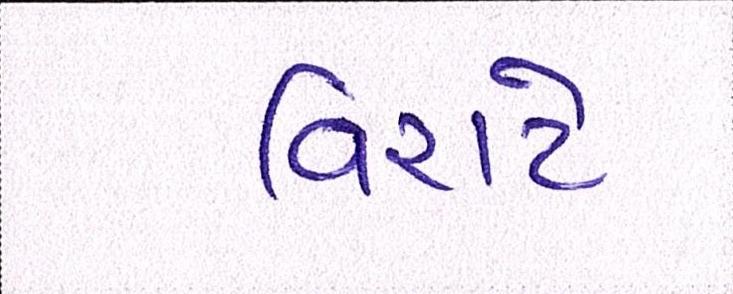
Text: વિરાટે